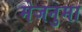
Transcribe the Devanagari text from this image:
मेजनुमा